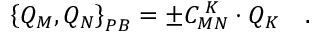
\left\{ Q _ { M } , Q _ { N } \right\} _ { P B } = \pm C _ { M N } ^ { \; K } \cdot Q _ { K } \quad .